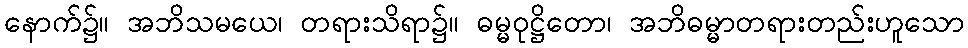
နောက်၌။ အဘိသမယေ၊ တရားသိရာ၌။ ဓမ္မဝုဋ္ဌိတော၊ အဘိဓမ္မာတရားတည်းဟူသော